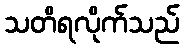
သတိရလိုက်သည်